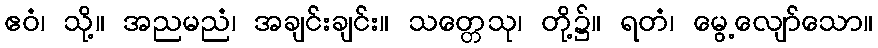
ဧဝံ၊ သို့။ အညမညံ၊ အချင်းချင်း။ သတ္တေသု၊ တို့၌။ ရတံ၊ မွေ့လျော်သော။